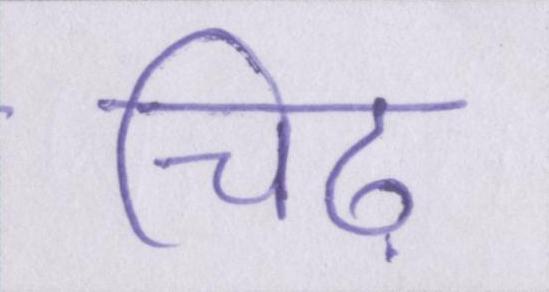
चिढ़